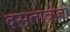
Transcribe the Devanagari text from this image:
दसतावेज़ी